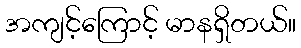
အကျင့်ကြောင့် မာနရှိတယ်။